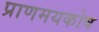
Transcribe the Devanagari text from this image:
प्राणमयकोष